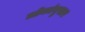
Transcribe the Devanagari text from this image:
लोकांनुसार